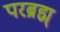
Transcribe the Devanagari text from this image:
परब्रह्म्